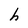
Character: h